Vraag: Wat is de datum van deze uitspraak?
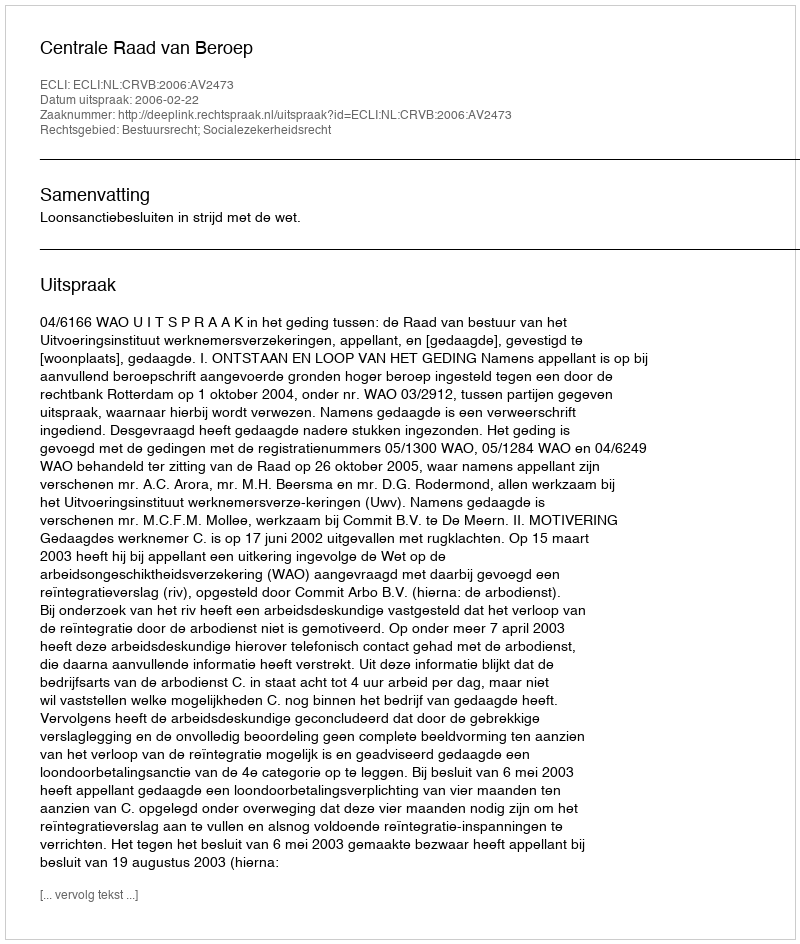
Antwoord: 2006-02-22